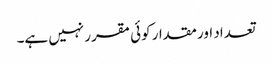
تعداد اور مقدار کوئی مقرر نہیں ہے۔